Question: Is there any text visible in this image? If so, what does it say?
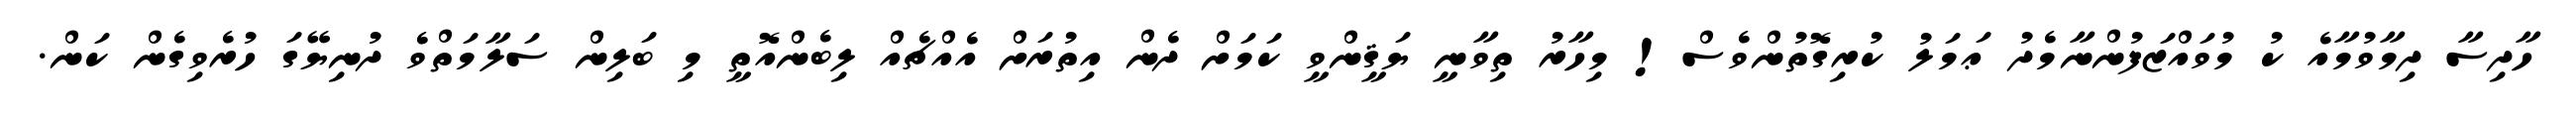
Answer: ހާދިސާ ދިމާވުމާއެ ކު މުވައްޒަފުންނާމެދު ޢަމަލު ކުރިގޮތުންވެސް! މިހާރު ތިވާނީ ޔަޤީންވީ ކަމަށް ދެން އިތުރަށް އެއްޗެއް ލިބެންއޮތީ މި ބަލިން ސަލާމަތްވެ ދުނިޔޭގަ ހުރެވިގެން ކަން.